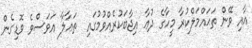
އާއި ވޭން ތަޙައްމަލްކުރާ މީހާގެ ދުޢާ އިޖާބަކުރެއްވުމުގައި  ތަޢާލާ އަވަސްވެ ވޮޑިގެން